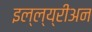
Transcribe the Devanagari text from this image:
इल्ल्य्रीअन